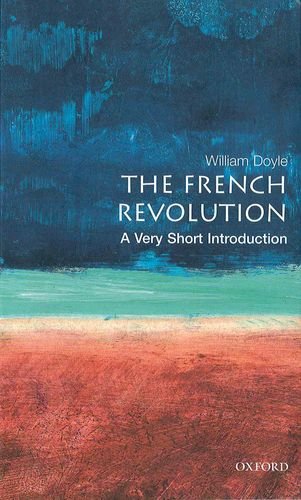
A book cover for The French Revolution: A Very Short Introduction; William Doyle; History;